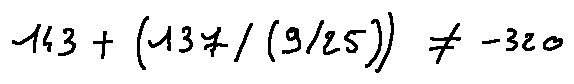
1 4 3 + ( 1 3 7 / ( 9 / 2 5 ) ) \neq - 3 2 0